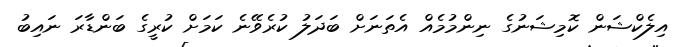
އިލެކްޝަން ކޮމިޝަނުގެ ނިންމުމެއް އެތަނަށް ބަދަލު ކުރެވޭނެ ކަމަށް ކުރީގެ ބަންޑާރަ ނައިބު